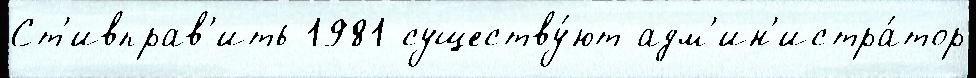
Ст'ивправ'ить 1981 существу́ют адм'ин'истра́тор